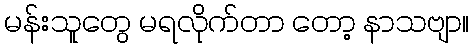
မန်းသူတွေ မရလိုက်တာ တော့ နာသဗျာ။